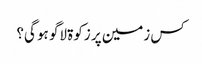
کس زمین‌ پر زکوۃ لاگو ہو گی؟